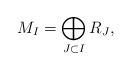
LaTeX: \begin{align*}M_{I} = \bigoplus_{J\subset I} R_{J},\end{align*}